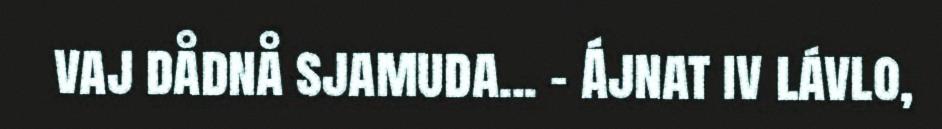
vaj dådnå sjamuda... – Ájnat iv lávlo,